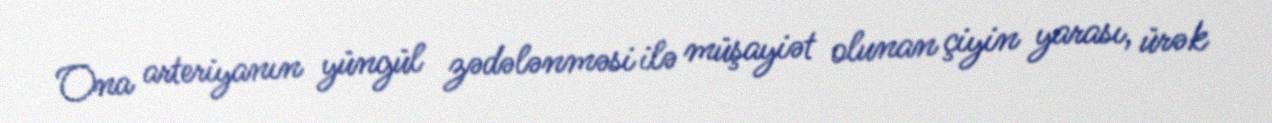
Ona arteriyanın yüngül zədələnməsi ilə müşayiət olunan çiyin yarası, ürək